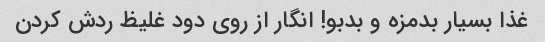
غذا بسیار بدمزه و بدبو! انگار از روی دود غلیظ ردش کردن